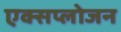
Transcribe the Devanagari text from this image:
एक्सप्लोजन